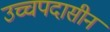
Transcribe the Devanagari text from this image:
उच्चपदासीन